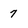
Character: 7